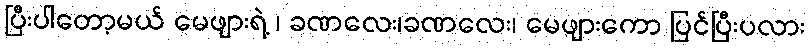
ပြီးပါတော့မယ် မေဖျားရဲ့ ၊ ခဏလေး၊ခဏလေး၊ မေဖျားကော ပြင်ပြီးပလား